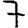
Digit: 7